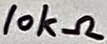
Text: 10kΩ